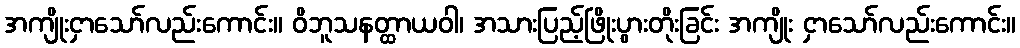
အကျိုးငှာသော်လည်းကောင်း။ ဝိဘူသနတ္ထာယဝါ၊ အသားပြည့်ဖြိုးပွားတိုးခြင်း အကျိုး ငှာသော်လည်းကောင်း။